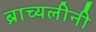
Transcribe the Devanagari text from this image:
ब्राच्यलीनी